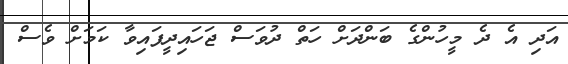
އަދި އެ ދެ މީހުންގެ ބަންދަށް ހަތް ދުވަސް ޖަހައިދީފައިވާ ކަމަށް ވެސް